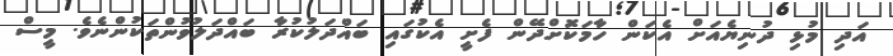
އަދި މުޅި ދުނިޔެއަށް އެކަން ހާމަކަޮށްދޭން ފެށީ އެކުގައި ބައްދަލުކުރާ ބައްދަލުވުންތަކުންނެވެ. މީސް